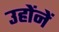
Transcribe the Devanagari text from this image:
उहोंनें